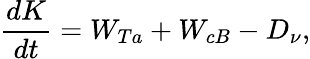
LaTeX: \frac{dK}{dt}=W_{Ta}+W_{cB}-D_{\nu},